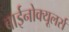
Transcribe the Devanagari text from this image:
बाईनोक्यूलर्स